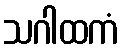
သဂါထကံ